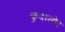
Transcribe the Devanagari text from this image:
कुदालोर